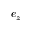
e _ { z }